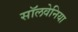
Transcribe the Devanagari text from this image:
सॉलवेनिया